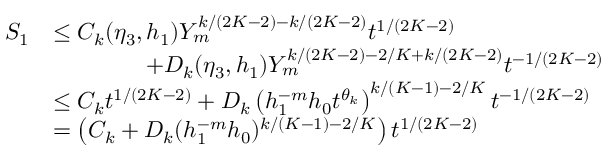
\begin{array} { r l } { S _ { 1 } } & { \le C _ { k } ( \eta _ { 3 } , h _ { 1 } ) Y _ { m } ^ { k / ( 2 K - 2 ) - k / ( 2 K - 2 ) } t ^ { 1 / ( 2 K - 2 ) } } \\ & { \qquad \qquad + D _ { k } ( \eta _ { 3 } , h _ { 1 } ) Y _ { m } ^ { k / ( 2 K - 2 ) - 2 / K + k / ( 2 K - 2 ) } t ^ { - 1 / ( 2 K - 2 ) } } \\ & { \le C _ { k } t ^ { 1 / ( 2 K - 2 ) } + D _ { k } \left( h _ { 1 } ^ { - m } h _ { 0 } t ^ { \theta _ { k } } \right) ^ { k / ( K - 1 ) - 2 / K } t ^ { - 1 / ( 2 K - 2 ) } } \\ & { = \left( C _ { k } + D _ { k } ( h _ { 1 } ^ { - m } h _ { 0 } ) ^ { k / ( K - 1 ) - 2 / K } \right) t ^ { 1 / ( 2 K - 2 ) } } \end{array}